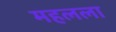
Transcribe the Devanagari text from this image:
महलला